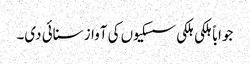
جواباً ہلکی ہلکی سسکیوں کی آواز سنائی دی۔